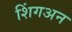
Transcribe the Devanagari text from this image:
शिंगअन